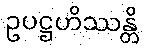
ဥပဋ္ဌဟိဿန္တိ